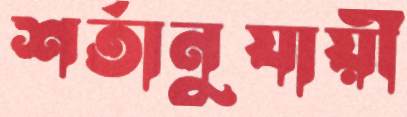
শর্তানুযায়ী